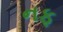
નફ